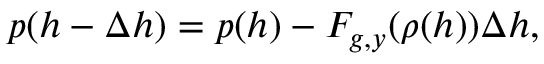
p ( h - \Delta h ) = p ( h ) - F _ { g , y } ( \rho ( h ) ) \Delta h ,